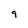
Character: 9